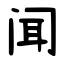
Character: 闻